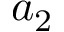
a _ { 2 }